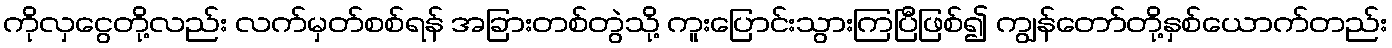
ကိုလှငွေတို့လည်း လက်မှတ်စစ်ရန် အခြားတစ်တွဲသို့ ကူးပြောင်းသွားကြပြီဖြစ်၍ ကျွန်တော်တို့နှစ်ယောက်တည်း